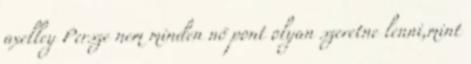
axelley Persze nem minden nő pont olyan szeretne lenni,mint